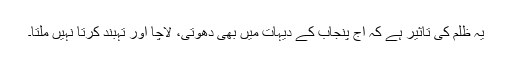
یہ ظلم کی تاثیر ہے کہ آج پنجاب کے دیہات میں بھی دھوتی، لاچا اور تہبند کرتا نہیں ملتا۔